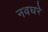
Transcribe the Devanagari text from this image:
नवघरे